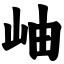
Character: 岫